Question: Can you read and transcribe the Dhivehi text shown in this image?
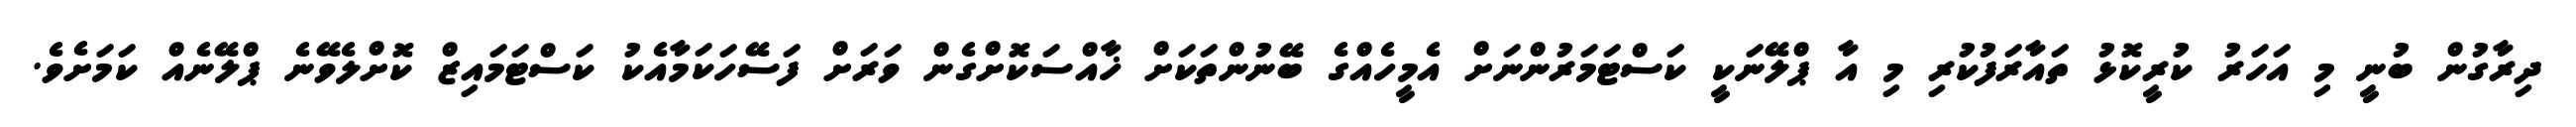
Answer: ދިރާގުން ބުނީ މި އަހަރު ކުރީކޮޅު ތައާރަފުކުރި މި އާ ޕްލޭނަކީ ކަސްޓަމަރުންނަށް އެމީހެއްގެ ބޭނުންތަކަށް ޚާއްސަކޮށްގެން ވަރަށް ފަސޭހަކަމާއެކު ކަސްޓަމައިޒް ކޮށްލެވޭނެ ޕްލޭނެއް ކަމަށެވެ.